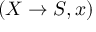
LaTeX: ( X \to S , x )